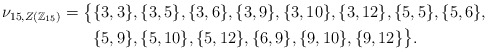
\begin{align*}\nu_{15,Z(\mathbb{Z}_{15})} = \big\{&\{3,3\}, \{3,5\}, \{3,6\}, \{3,9\}, \{3,10\}, \{3,12\}, \{5,5\}, \{5,6\},\\& \{5,9\}, \{5,10\}, \{5,12\}, \{6,9\}, \{9,10\}, \{9,12\}\big\}.\end{align*}